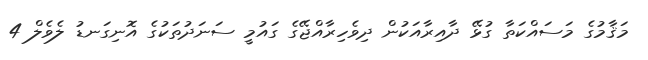
މަޤާމުގެ މަސައްކަތާ ގުޅޭ ދާއިރާއަކުން ދިވެހިރާއްޖޭގެ ގައުމީ ސަނަދުތަކުގެ އޮނިގަނޑު ލެވެލް 4